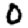
Digit: 0